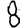
Digit: 8